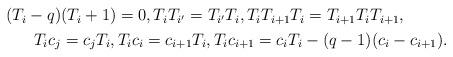
LaTeX: \begin{align*}\aligned(T_i-q)&(T_i+1)=0, T_iT_{i'}=T_{i'}T_i, T_iT_{i+1}T_i =T_{i+1}T_iT_{i+1},\\T_ic_j &=c_jT_i, T_ic_i=c_{i+1}T_i, T_ic_{i+1}=c_iT_i-(q-1)(c_i-c_{i+1}). \endaligned\end{align*}